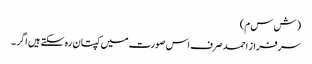
( ش س م)
سرفراز احمد صرف اس صورت میں کپتان رہ سکتے ہیں اگر ۔